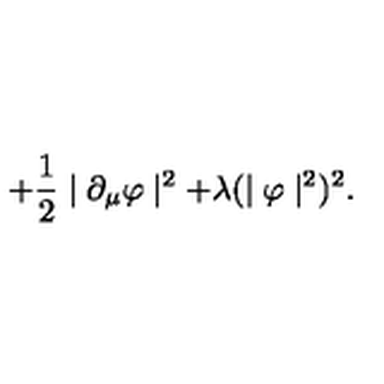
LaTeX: + \frac { 1 } { 2 } \mid \partial _ { \mu } \varphi \mid ^ { 2 } + \lambda ( \mid \varphi \mid ^ { 2 } ) ^ { 2 } .